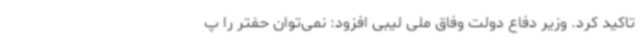
تاکید کرد. وزیر دفاع دولت وفاق ملی لیبی افزود: نمی‌توان حفتر را پ